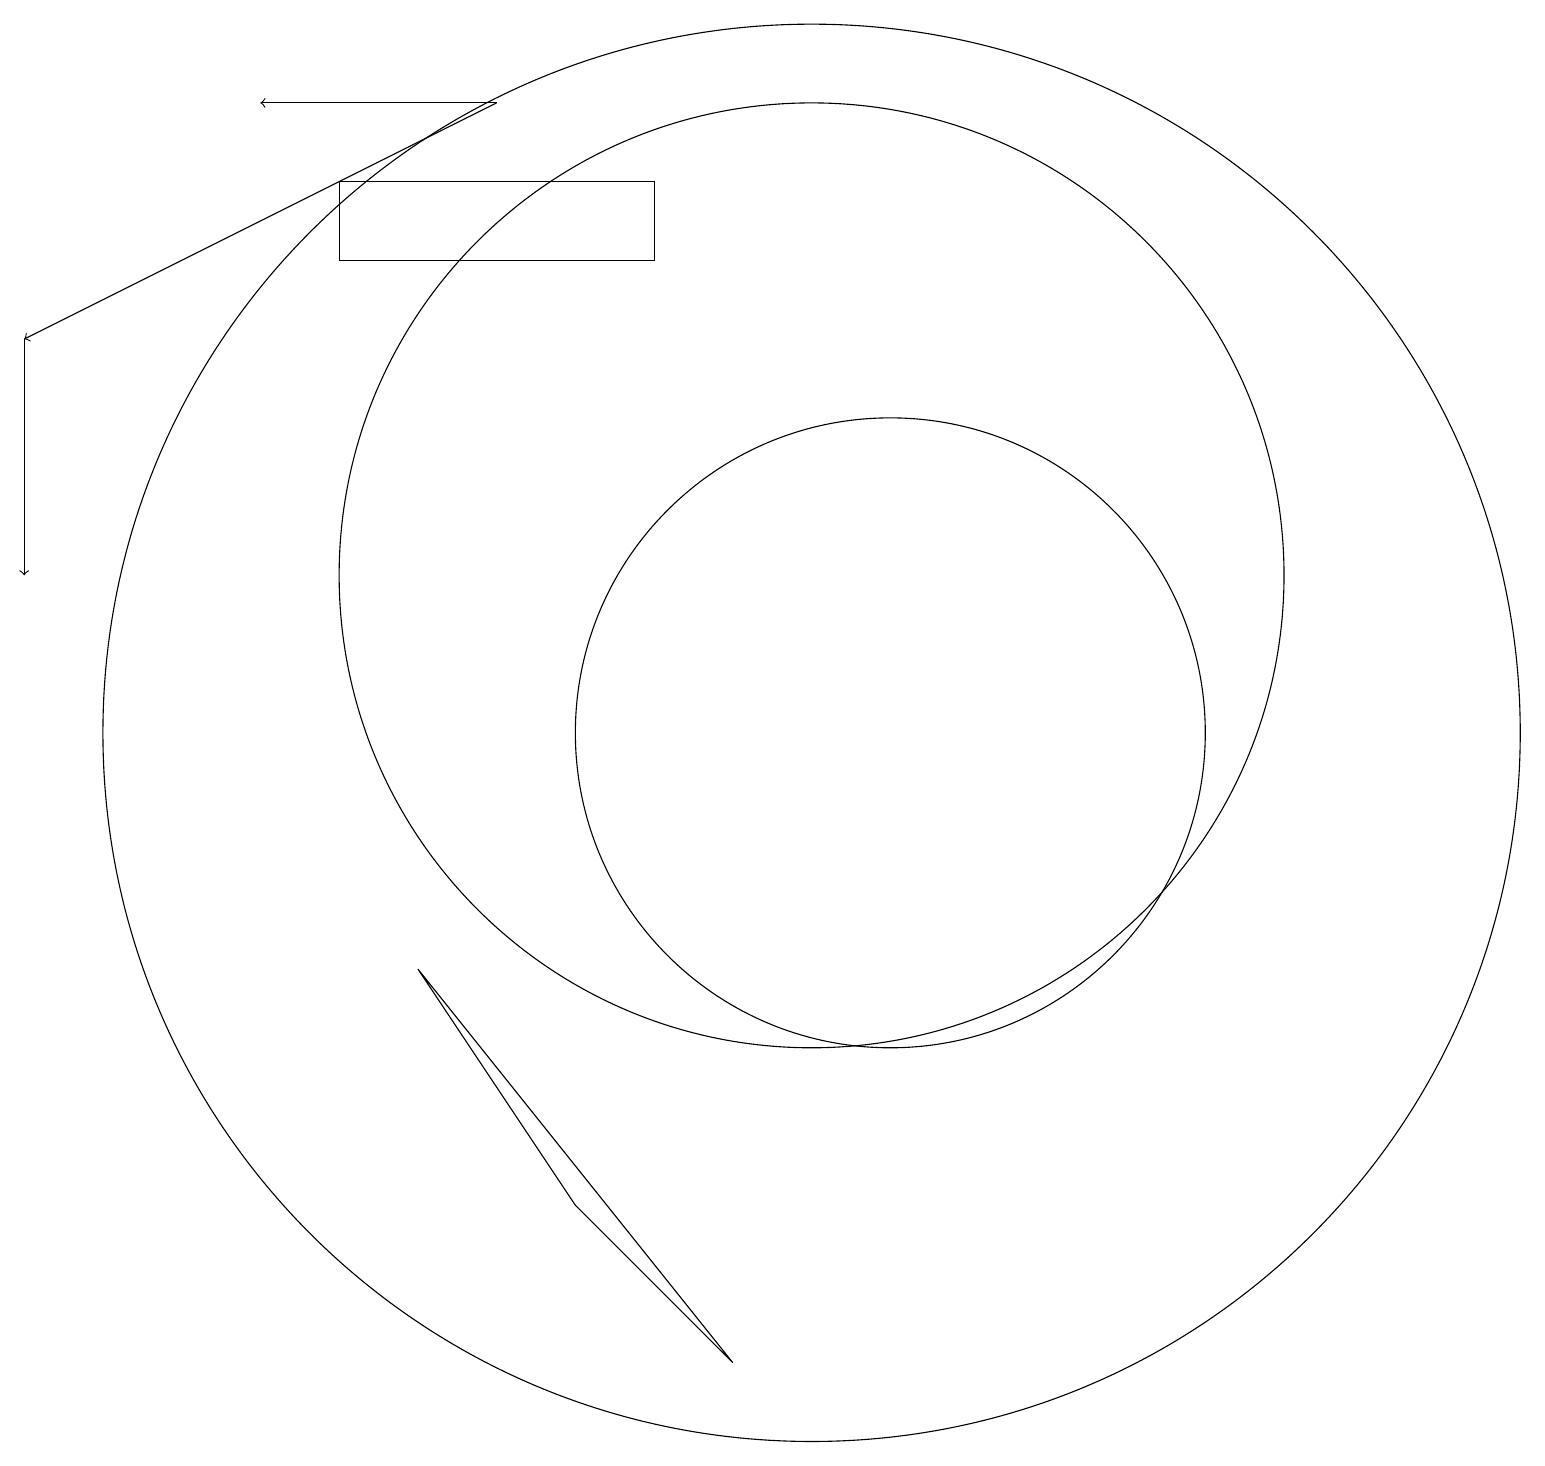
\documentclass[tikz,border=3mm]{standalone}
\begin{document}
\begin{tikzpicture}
\draw (10,10) circle (9);
\draw[->] (6,18) -- (0,15);
\draw (5,7) -- (7,4) -- (9,2) -- cycle;
\draw[->] (0,15) -- (0,12);
\draw[->] (6,18) -- (3,18);
\draw (8,17) rectangle (4,16);
\draw (11,10) circle (4);
\draw (10,12) circle (6);
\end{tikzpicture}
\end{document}